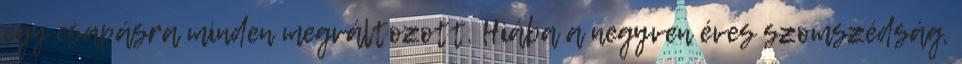
egy csapásra minden megváltozott. Hiába a negyven éves szomszédság,